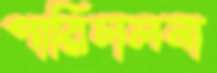
পারিচালনা